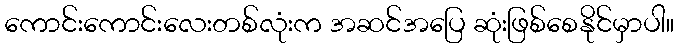
ကောင်းကောင်းလေးတစ်လုံးက အဆင်အပြေ ဆုံးဖြစ်စေနိုင်မှာပါ။